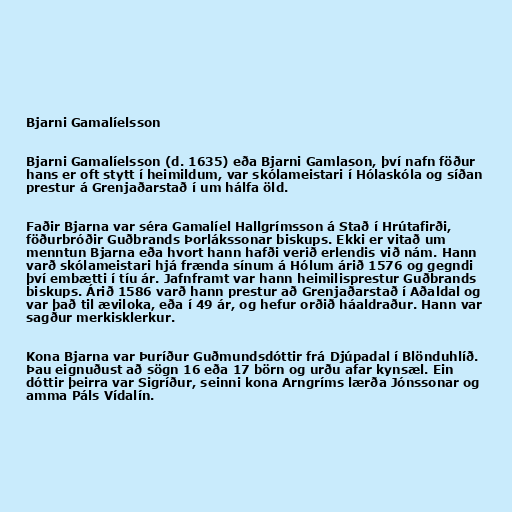
Bjarni Gamalíelsson

Bjarni Gamalíelsson (d. 1635) eða Bjarni Gamlason, því nafn föður
hans er oft stytt í heimildum, var skólameistari í Hólaskóla og síðan
prestur á Grenjaðarstað í um hálfa öld.

Faðir Bjarna var séra Gamalíel Hallgrímsson á Stað í Hrútafirði,
föðurbróðir Guðbrands Þorlákssonar biskups. Ekki er vitað um
menntun Bjarna eða hvort hann hafði verið erlendis við nám. Hann
varð skólameistari hjá frænda sínum á Hólum árið 1576 og gegndi
því embætti í tíu ár. Jafnframt var hann heimilisprestur Guðbrands
biskups. Árið 1586 varð hann prestur að Grenjaðarstað í Aðaldal og
var það til æviloka, eða í 49 ár, og hefur orðið háaldraður. Hann var
sagður merkisklerkur.

Kona Bjarna var Þuríður Guðmundsdóttir frá Djúpadal í Blönduhlíð.
Þau eignuðust að sögn 16 eða 17 börn og urðu afar kynsæl. Ein
dóttir þeirra var Sigríður, seinni kona Arngríms lærða Jónssonar og
amma Páls Vídalín.